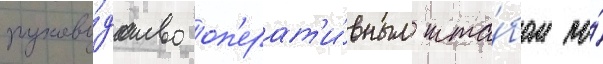
руково́дство оп'ерат'и́вным шта́бом по́